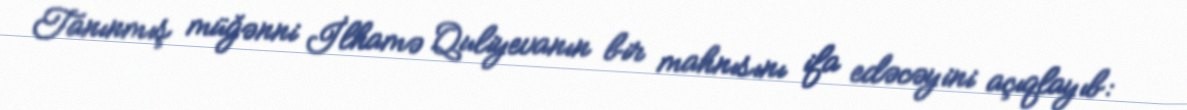
Tanınmış müğənni İlhamə Quliyevanın bir mahnısını ifa edəcəyini açıqlayıb: